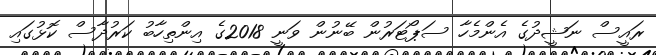
ރައީސް ނަޝީދުގެ އެންމެހާ ސަޕޯޓަރުން ބޭނުން ވަނީ 2018ގެ އިންތިހާބު ކަރުދާސް ކޮޅުގައި